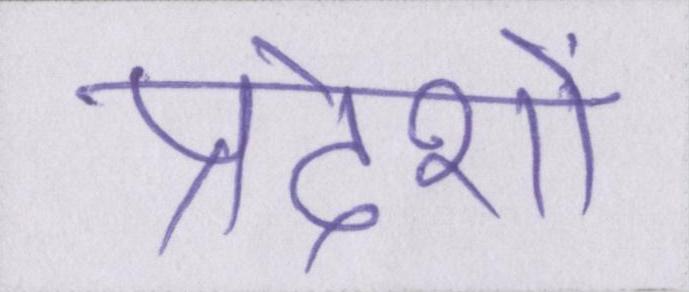
प्रदेशों